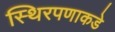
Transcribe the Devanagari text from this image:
स्थिरपणाकडे